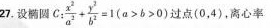
27.设椭圆 C: $$\frac { x ^ { 2 } } { a ^ { 2 } } + \frac { y ^ { 2 } }{ b ^ { 2 } } = 1 ( a > b > 0 )$$ 过点(0，4)，离心率